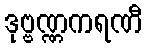
ဒုဗ္ဗဏ္ဏကရဏီ